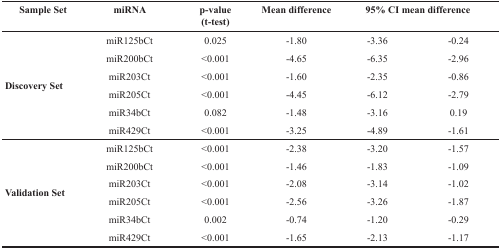
| Sample Set | miRNA | p-value | (t-test) | Mean difference | 95% CI mean difference |
 | --- | --- | --- | --- | --- | --- |
 | <ROWSPAN=6> Discovery Set | miR125bCt | 0.025 | −1.80 | −3.36 | −0.24 |
 | miR200bCt | <0.001 | −4.65 | −6.35 | −2.96 |
 | miR203Ct | <0.001 | −1.60 | −2.35 | −0.86 |
 | miR205Ct | <0.001 | −4.45 | −6.12 | −2.79 |
 | miR34bCt | 0.082 | −1.48 | −3.16 | 0.19 |
 | miR429Ct | <0.001 | −3.25 | −4.89 | −1.61 |
 | <ROWSPAN=6> Validation Set | miR125bCt | <0.001 | −2.38 | −3.20 | −1.57 |
 | miR200bCt | <0.001 | −1.46 | −1.83 | −1.09 |
 | miR203Ct | <0.001 | −2.08 | −3.14 | −1.02 |
 | miR205Ct | <0.001 | −2.56 | −3.26 | −1.87 |
 | miR34bCt | 0.002 | −0.74 | −1.20 | −0.29 |
 | miR429Ct | <0.001 | −1.65 | −2.13 | −1.17 |